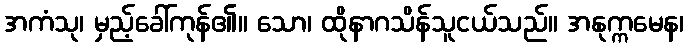
အကံသု၊ မှည့်ခေါ်ကုန်၏။ သော၊ ထိုနာဂသိန်သူငယ်သည်။ အနုက္ကမေန၊